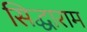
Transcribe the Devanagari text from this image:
सिद्धाराम